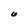
Character: U